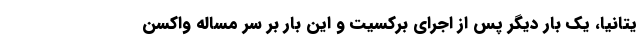
یتانیا، یک بار دیگر پس از اجرای برکسیت و این بار بر سر مساله واکسن